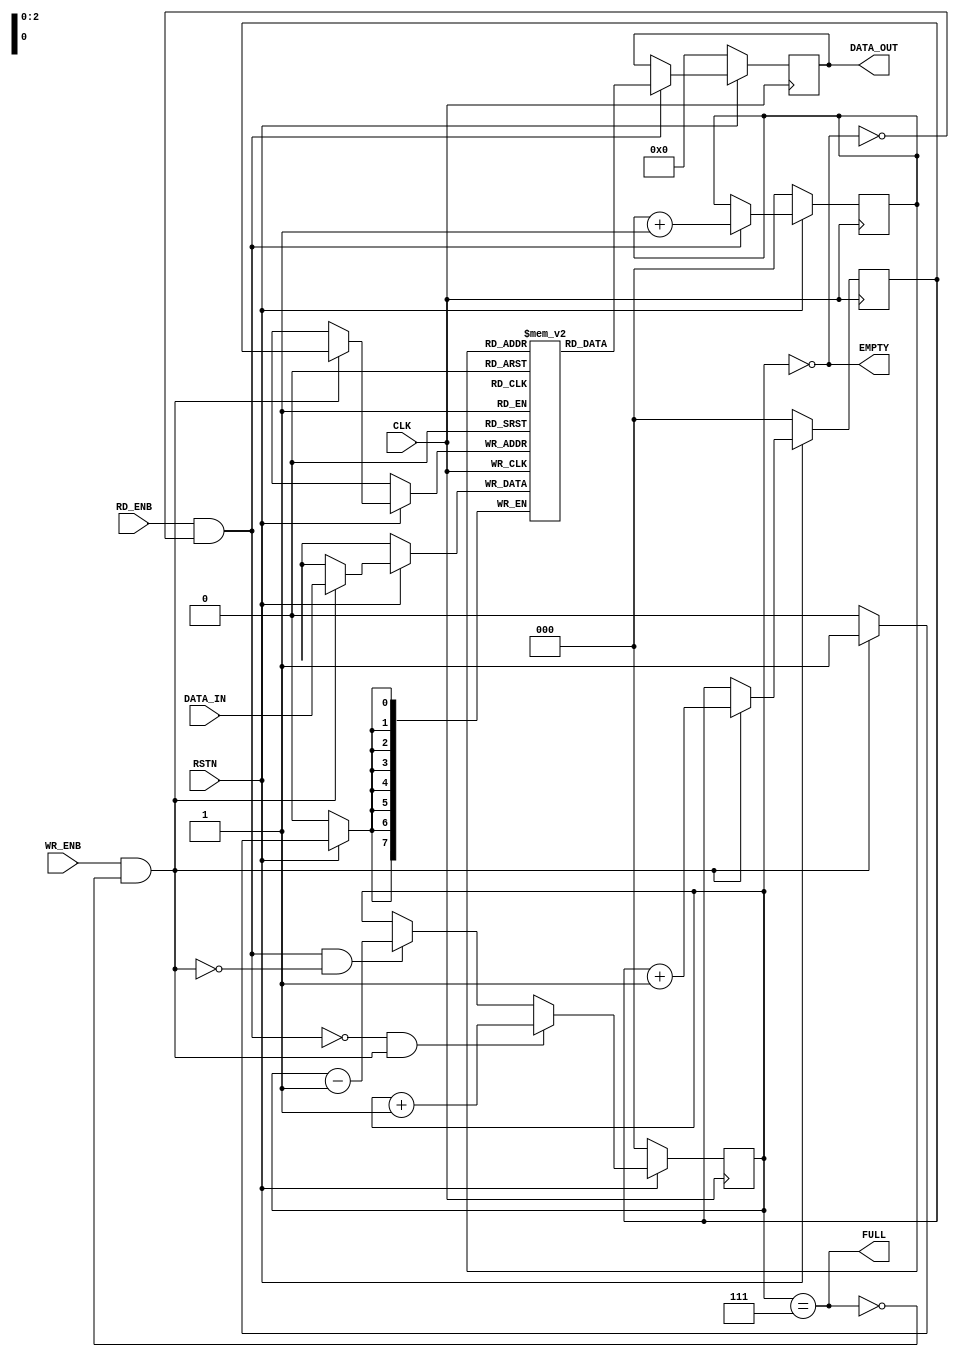
module FIFO #(
        // Primary parameters
        parameter WIDTH = 8,
        parameter DEPTH = 8,
        
        // Calculated parameters
        localparam ADDR_WIDTH = logb2(DEPTH)
    ) (
        input CLK,
        input RSTN,
        input RD_ENB,
        input WR_ENB,
        input [WIDTH - 1 : 0] DATA_IN,
        output reg [WIDTH - 1 : 0] DATA_OUT,
        output EMPTY,
        output FULL
    );
    
    reg [ADDR_WIDTH - 1 : 0] ele_count;
    reg [ADDR_WIDTH - 1 : 0] rd_counter;
    reg [ADDR_WIDTH - 1 : 0] wr_counter;
        
    reg [WIDTH - 1 : 0] memory [0 : DEPTH - 1];
    
    assign FULL = (ele_count == DEPTH - 1);
    assign EMPTY = (ele_count == 0);
    
    always @(posedge CLK) begin
        if (!RSTN) begin
            rd_counter <= 0;
            wr_counter <= 0;
            DATA_OUT <= 0;
            ele_count <= 0;
        end else begin
            if (RD_ENB & !EMPTY) begin
                rd_counter <= rd_counter + 1;
                DATA_OUT <= memory[rd_counter];
            end
            
            if (WR_ENB & !FULL) begin
                wr_counter <= wr_counter + 1;
                memory[wr_counter] <= DATA_IN;
            end
            
            if (!(RD_ENB & !EMPTY) & (WR_ENB & !FULL)) begin
                ele_count <= ele_count + 1;
            end else if ((RD_ENB & !EMPTY) & !(WR_ENB & !FULL)) begin
                ele_count <= ele_count - 1;
            end
        end
    end
    
    initial begin
        rd_counter = 0;
        wr_counter = 0;
        DATA_OUT = 0;
        ele_count = 0;
    end
    
    //  The following function calculates the address width based on specified RAM depth
    function integer logb2;
        input integer depth;
        for (logb2 = 0; depth > 1; logb2 = logb2 + 1)
            depth = depth >> 1;
    endfunction
endmodule